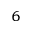
_ 6